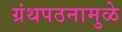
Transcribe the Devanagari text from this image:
ग्रंथपठनामुळे